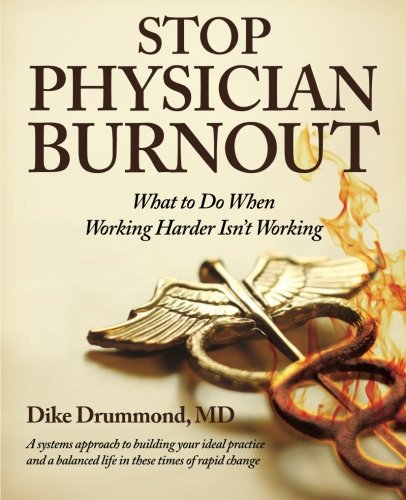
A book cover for Stop Physician Burnout: What to Do When Working Harder Isn't Working; Dike Drummond MD; Medical Books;